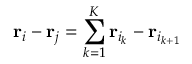
{ \bf r } _ { i } - { \bf r } _ { j } = \sum _ { k = 1 } ^ { K } { \bf r } _ { i _ { k } } - { \bf r } _ { i _ { k + 1 } }